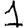
Digit: 1